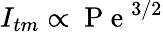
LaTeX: I_{tm}\propto\mathrm{~P~e~}^{3/2}